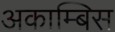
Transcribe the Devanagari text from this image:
अकाम्बिस